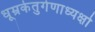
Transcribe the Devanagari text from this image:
धूम्रकेतुर्गणाध्यक्षो